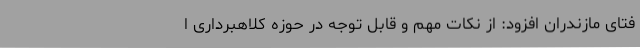
فتای مازندران افزود: از نکات مهم و قابل توجه در حوزه کلاهبرداری ا